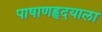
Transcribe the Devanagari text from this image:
पाषाणहृदयाला